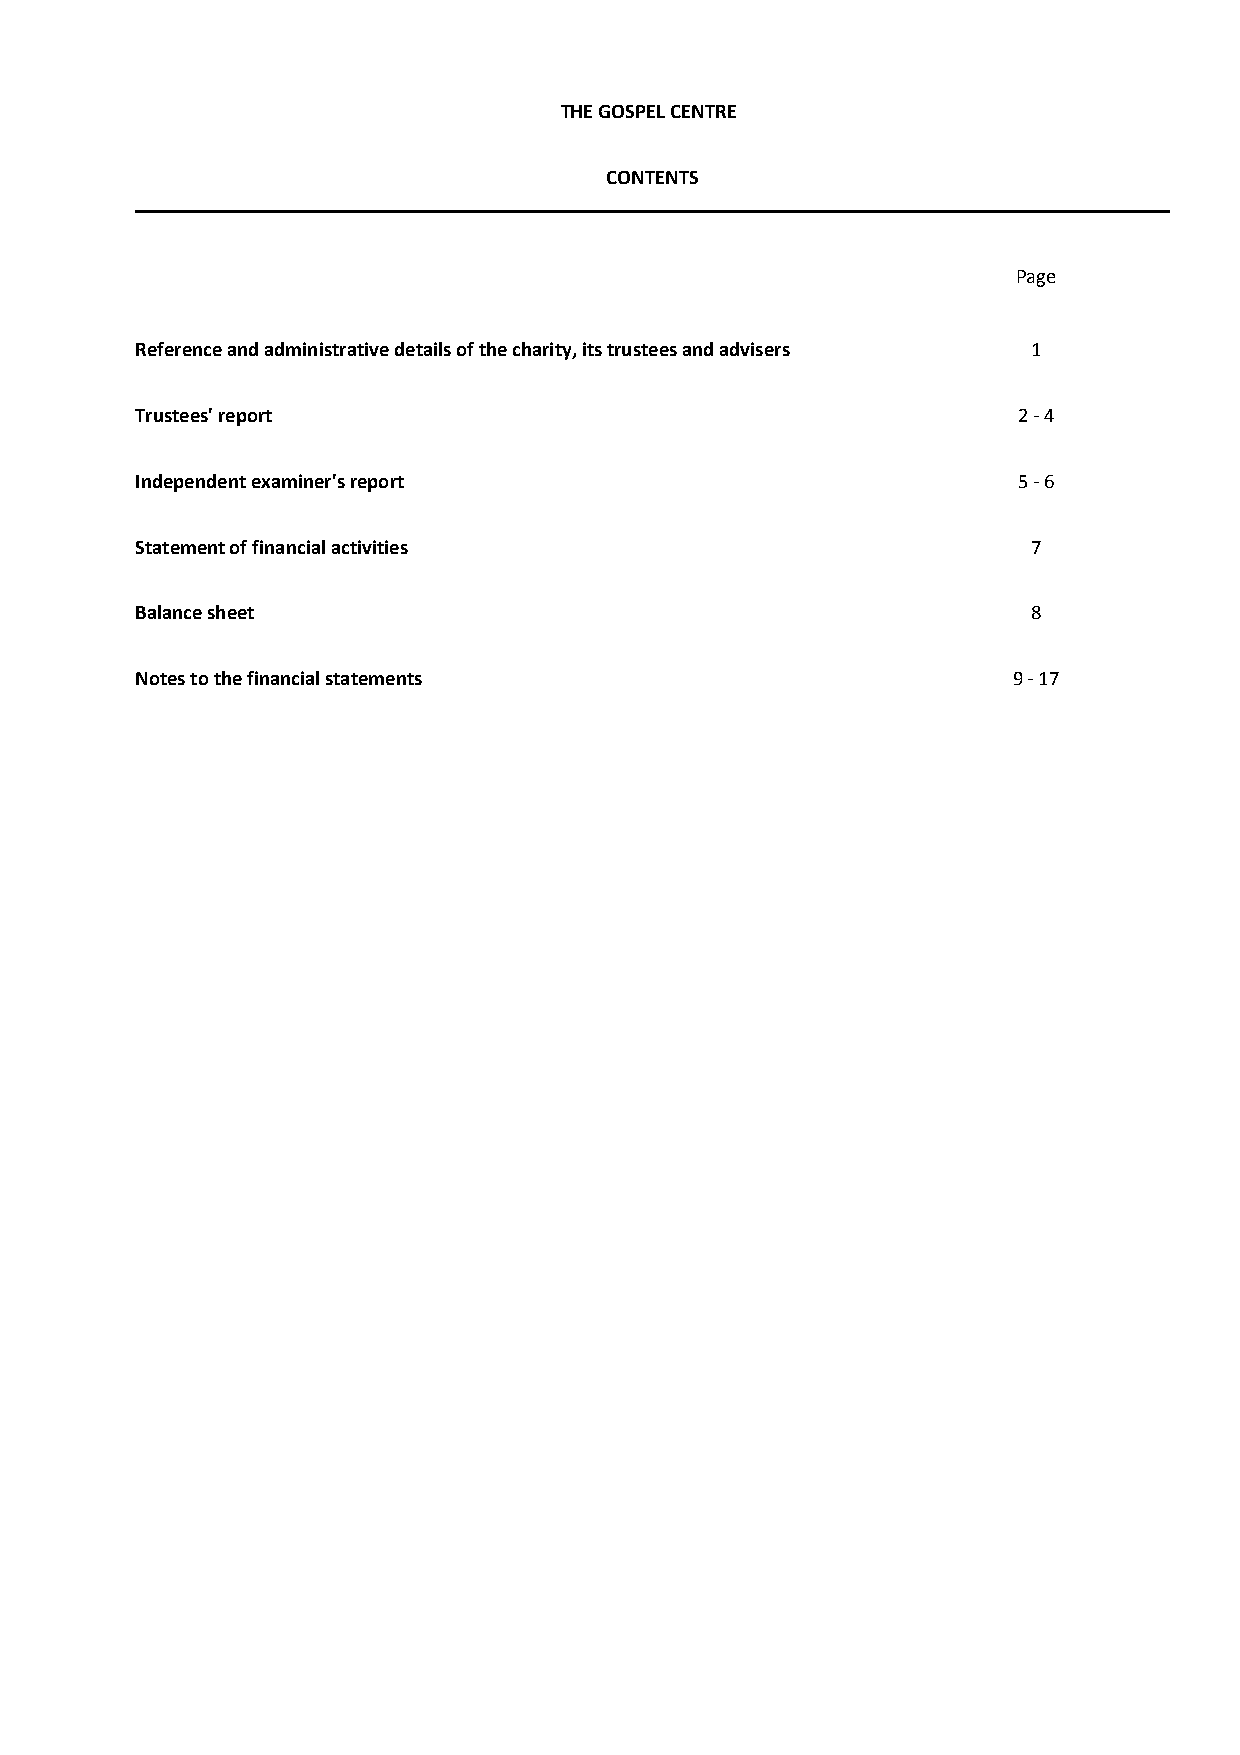
THE GOSPEL CENTRE
 CONTENTS
 Page
 Reference and administrative details of the charity, its trustees and advisers 1
 Trustees' report                                          2 - 4
 Independent examiner's report                             5 - 6
 Statement of financial activities                          7
 Balance sheet                                              8
 Notes to the financial statements                         9 - 17